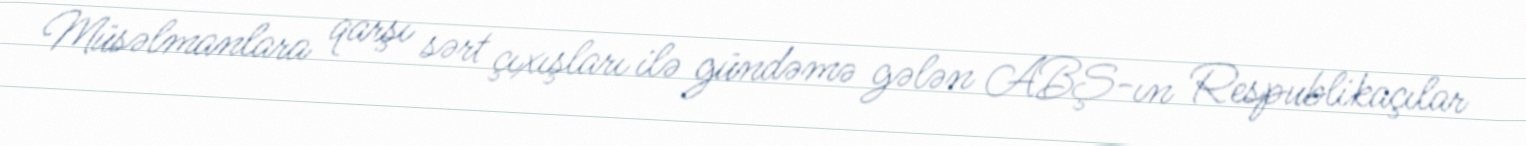
Müsəlmanlara qarşı sərt çıxışları ilə gündəmə gələn ABŞ-ın Respublikaçılar